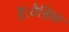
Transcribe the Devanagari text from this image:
हैं।वैश्विक